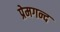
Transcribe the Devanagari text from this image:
प्रेमगन्द